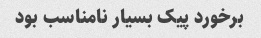
برخورد پیک بسیار نامناسب بود